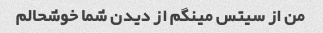
من از سیتس مینگم از دیدن شما خوشحالم